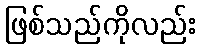
ဖြစ်သည်ကိုလည်း